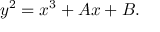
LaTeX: y ^ { 2 } = x ^ { 3 } + A x + B .